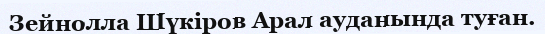
Зейнолла Шүкіров Арал ауданында туған.